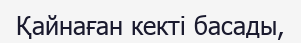
Қайнаған кекті басады,